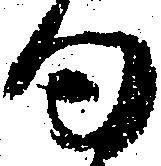
句